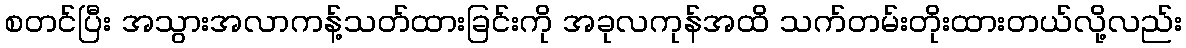
စတင်ပြီး အသွားအလာကန့်သတ်ထားခြင်းကို အခုလကုန်အထိ သက်တမ်းတိုးထားတယ်လို့လည်း